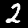
Digit: 2